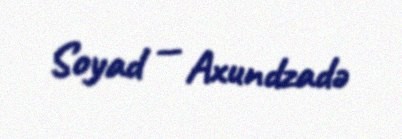
Soyad — Axundzadə